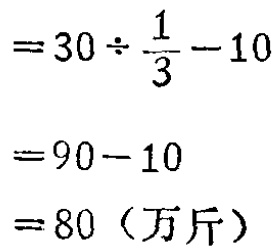
\[

\begin{align*}

&=30\div\frac{1}{3}-10\\

&=90 - 10\\

&=80（万斤）

\end{align*}

\]